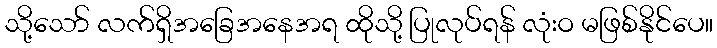
သို့သော် လက်ရှိအခြေအနေအရ ထိုသို့ ပြုလုပ်ရန် လုံးဝ မဖြစ်နိုင်ပေ။